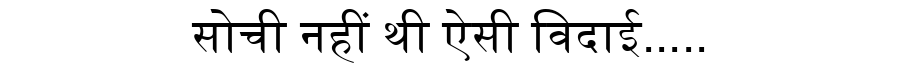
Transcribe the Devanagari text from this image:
सोची नहीं थी ऐसी विदाई.....